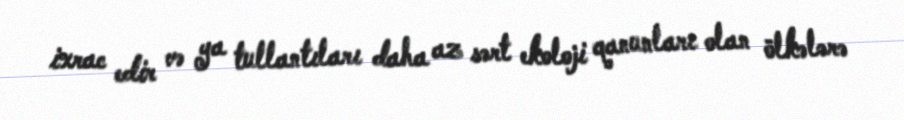
ixrac edir və ya tullantıları daha az sərt ekoloji qanunları olan ölkələrə